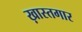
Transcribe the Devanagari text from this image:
ख़ास्तगार